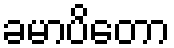
ခမာပိတော